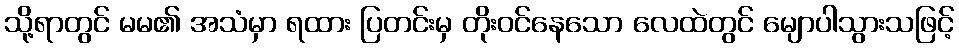
သို့ရာတွင် မမ၏ အသံမှာ ရထား ပြတင်းမှ တိုးဝင်နေသော လေထဲတွင် မျောပါသွားသဖြင့်